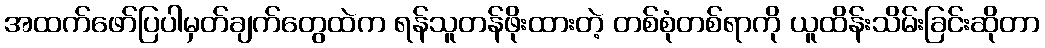
အထက်ဖော်ပြပါမှတ်ချက်တွေထဲက ရန်သူတန်ဖိုးထားတဲ့ တစ်စုံတစ်ရာကို ယူထိန်းသိမ်းခြင်းဆိုတာ